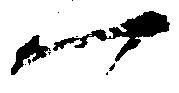
一